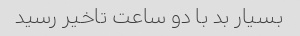
بسیار بد با دو ساعت تاخیر رسید